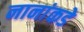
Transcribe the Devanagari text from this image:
नानांकडे